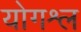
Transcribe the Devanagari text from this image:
योगश्ल